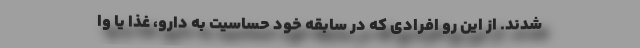
شدند. از این رو افرادی ‌که در سابقه خود حساسیت به دارو، غذا یا وا